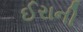
ઈરાની